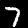
Digit: 7